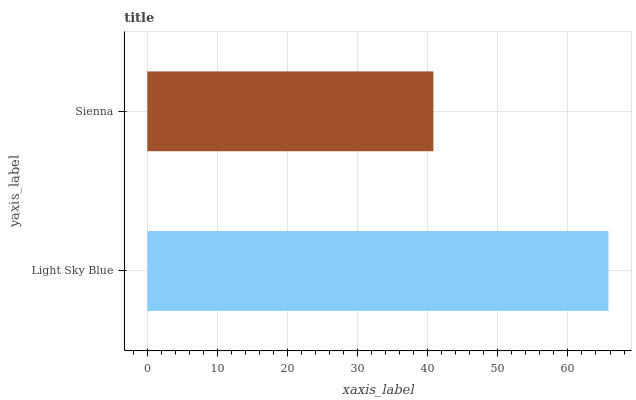
| yaxis_label | bars |
 | --- | --- |
 | Light Sky Blue | 65.8 |
 | Sienna | 40.8 |